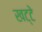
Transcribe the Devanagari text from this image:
खट्‌टे